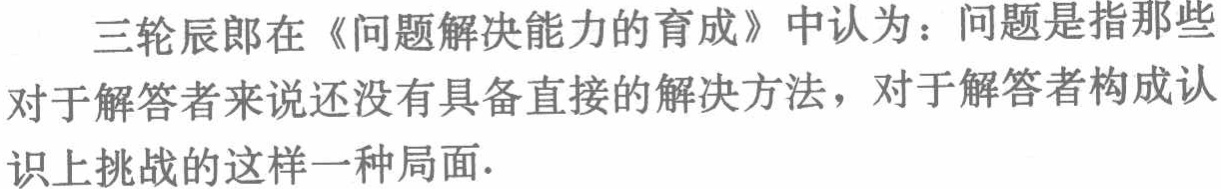
三轮辰郎在《问题解决能力的育成》中认为：问题是指那些对于解答者来说还没有具备直接的解决方法，对于解答者构成认识上挑战的这样一种局面.